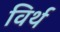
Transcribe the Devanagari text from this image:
विर्थ